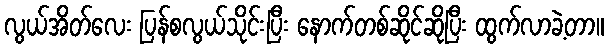
လွယ်အိတ်လေး ပြန်စလွယ်သိုင်းပြီး နောက်တစ်ဆိုင်ဆိုပြီး ထွက်လာခဲ့တာ။